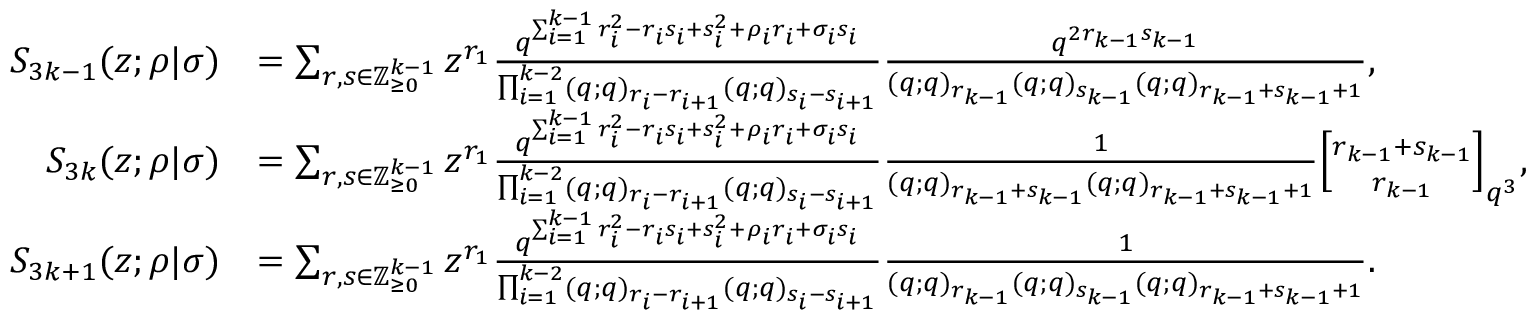
\begin{array} { r l } { S _ { 3 k - 1 } ( z ; \rho | \sigma ) } & { = \sum _ { r , s \in \mathbb { Z } _ { \geq 0 } ^ { k - 1 } } z ^ { r _ { 1 } } \frac { q ^ { \sum _ { i = 1 } ^ { k - 1 } r _ { i } ^ { 2 } - r _ { i } s _ { i } + s _ { i } ^ { 2 } + \rho _ { i } r _ { i } + \sigma _ { i } s _ { i } } } { \prod _ { i = 1 } ^ { k - 2 } ( q ; q ) _ { r _ { i } - r _ { i + 1 } } ( q ; q ) _ { s _ { i } - s _ { i + 1 } } } \frac { q ^ { 2 r _ { k - 1 } s _ { k - 1 } } } { ( q ; q ) _ { r _ { k - 1 } } ( q ; q ) _ { s _ { k - 1 } } ( q ; q ) _ { r _ { k - 1 } + s _ { k - 1 } + 1 } } , } \\ { S _ { 3 k } ( z ; \rho | \sigma ) } & { = \sum _ { r , s \in \mathbb { Z } _ { \geq 0 } ^ { k - 1 } } z ^ { r _ { 1 } } \frac { q ^ { \sum _ { i = 1 } ^ { k - 1 } r _ { i } ^ { 2 } - r _ { i } s _ { i } + s _ { i } ^ { 2 } + \rho _ { i } r _ { i } + \sigma _ { i } s _ { i } } } { \prod _ { i = 1 } ^ { k - 2 } ( q ; q ) _ { r _ { i } - r _ { i + 1 } } ( q ; q ) _ { s _ { i } - s _ { i + 1 } } } \frac { 1 } { ( q ; q ) _ { r _ { k - 1 } + s _ { k - 1 } } ( q ; q ) _ { r _ { k - 1 } + s _ { k - 1 } + 1 } } { r _ { k - 1 } + s _ { k - 1 } \brack r _ { k - 1 } } _ { q ^ { 3 } } , } \\ { S _ { 3 k + 1 } ( z ; \rho | \sigma ) } & { = \sum _ { r , s \in \mathbb { Z } _ { \geq 0 } ^ { k - 1 } } z ^ { r _ { 1 } } \frac { q ^ { \sum _ { i = 1 } ^ { k - 1 } r _ { i } ^ { 2 } - r _ { i } s _ { i } + s _ { i } ^ { 2 } + \rho _ { i } r _ { i } + \sigma _ { i } s _ { i } } } { \prod _ { i = 1 } ^ { k - 2 } ( q ; q ) _ { r _ { i } - r _ { i + 1 } } ( q ; q ) _ { s _ { i } - s _ { i + 1 } } } \frac { 1 } { ( q ; q ) _ { r _ { k - 1 } } ( q ; q ) _ { s _ { k - 1 } } ( q ; q ) _ { r _ { k - 1 } + s _ { k - 1 } + 1 } } . } \end{array}